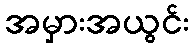
အမှားအယွင်း